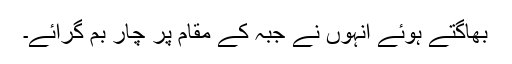
بھاگتے ہوئے انہوں نے جبہ کے مقام پر چار بم گرائے۔